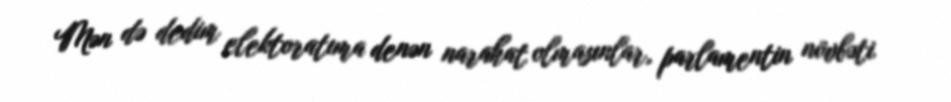
Mən də dedim elektoratıma denən narahat olmasınlar, parlamentin növbəti